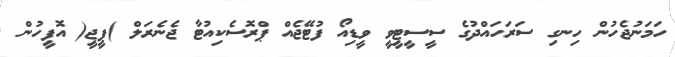
ހަމަނުޖެހުން ހިނގި ސަރަހައްދުގެ ސީސީޓީވީ ވީޑިއޯ ފުޓޭޖެއް ޕްރޮސެކިއުޓާ ޖެނެރަލް )ޕީޖީ( އޮފީހުން